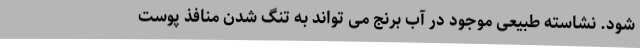
شود. نشاسته طبیعی موجود در آب برنج می تواند به تنگ شدن منافذ پوست